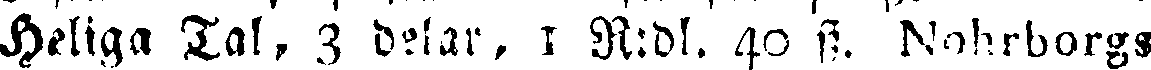
Heliga Tal, 3 delar, I R:dl. 40 fz. Nohrborgs